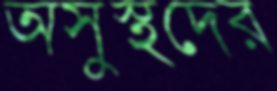
অসুস্থদের